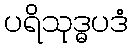
ပရိသုဒ္ဓပဒံ